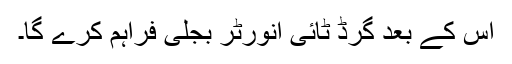
اس کے بعد گرڈ ٹائی انورٹر بجلی فراہم کرے گا۔